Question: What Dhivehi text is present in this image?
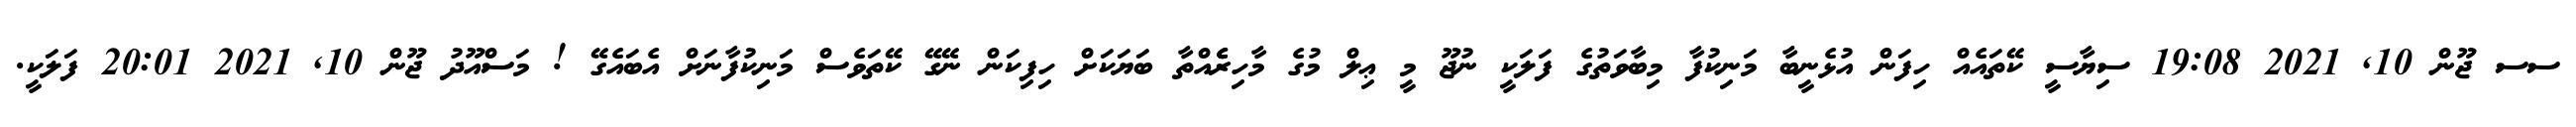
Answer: ސސ ޖޫން 10, 2021 19:08 ސިޔާސީ ކޭތައެއް ހިފަން އުޅެނީބާ މަނިކުފާ މިބާވަތުގެ ފަލަކީ ނުޖޫ މީ ޢިލް މުގެ މާހިރެެއްތާ ބަޔަކަށް ހިފިކަން ނޭގޭ ކޭތަވެސް މަނިކުފާނަށް އެބައެގޭ ! މަސްއޫދު ޖޫން 10, 2021 20:01 ފަލަކީ.